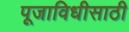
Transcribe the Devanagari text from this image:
पूजाविधीसाठी